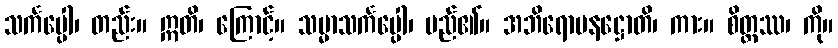
သင်္ကပ္ပေါ၊ တည်း။ ဣတိ၊ ကြောင့်။ သမ္မာသင်္ကပ္ပေါ၊ မည်၏။ အဘိရောပနဋ္ဌောတိ၊ ကား။ စိတ္တဿ၊ ကို။